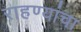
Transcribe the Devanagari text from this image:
राहण्यांचा